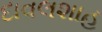
દાવલશાહ